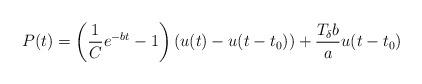
LaTeX: \begin{align*}P(t) = \left(\frac{1}{C}e^{-bt}-1\right)\left(u(t) - u(t-t_0)\right) + \frac{T_{\delta} b}{a}u(t-t_0) \end{align*}